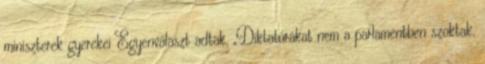
miniszterek gyerekei Egyenválaszt adtak. „Diktatúrákat nem a parlamentben szoktak.